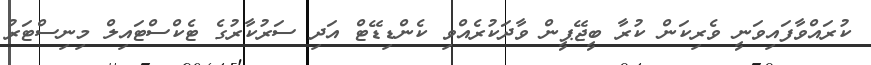
ކުރައްވާފައިވަނީ ވެރިކަން ކުރާ ބީޖޭޕީން ވާދަކުރެއްވި ކެންޑިޑޭޓް އަދި ސަރުކާރުގެ ޓެކްސްޓައިލް މިނިސްޓަރު